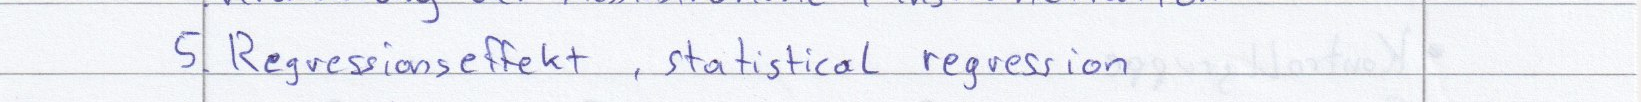
5. Regressionseffekt, statistical regression